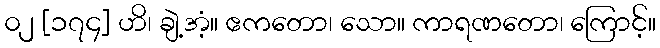
၀၂ [၁၇၄] ဟိ၊ ချဲ့အံ့။ ဧကတော၊ သော။ ကာရဏတော၊ ကြောင့်။